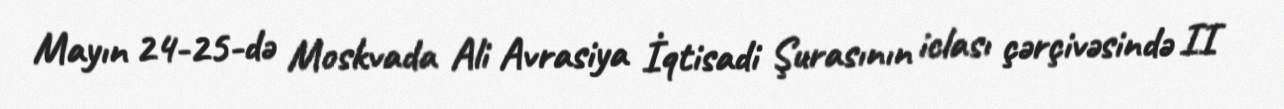
Mayın 24-25-də Moskvada Ali Avrasiya İqtisadi Şurasının iclası çərçivəsində II